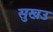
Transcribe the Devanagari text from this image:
सुखउ